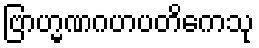
ဗြာဟ္မဏဂဟပတိကေသု